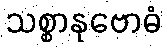
သစ္စာနုဗောဓံ